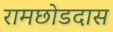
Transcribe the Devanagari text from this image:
रामछोडदास